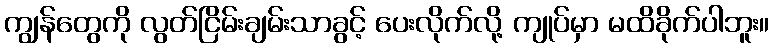
ကျွန်တွေကို လွတ်ငြိမ်းချမ်းသာခွင့် ပေးလိုက်လို့ ကျုပ်မှာ မထိခိုက်ပါဘူး။